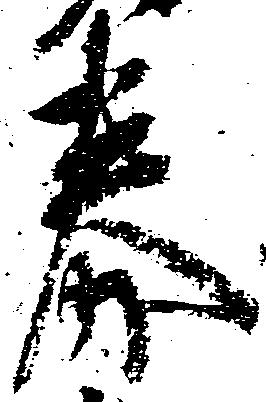
券